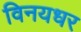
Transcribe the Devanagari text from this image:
विनयधर